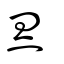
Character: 灵